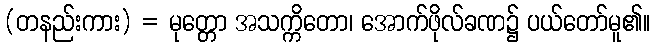
(တနည်းကား) = မုတ္တော အသက္ကိတော၊ အောက်ဖိုလ်ခဏ၌ ပယ်တော်မူ၏။